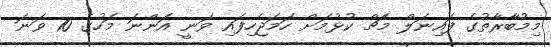
މިމުބާރާތުގެ ފައިނަލް މެޗް ކުޅުމަށް ހަމަޖެހިފައި ވަނީ އަންނަ މަހުގެ 10 ވަނަ